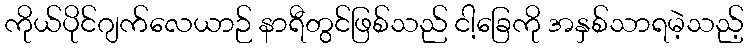
ကိုယ်ပိုင်ဂျက်လေယာဉ် နာရီတွင်ဖြစ်သည် ငါ့ခြေကို အနှစ်သာရမဲ့သည့်